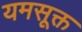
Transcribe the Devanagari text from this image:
यमसूक्त